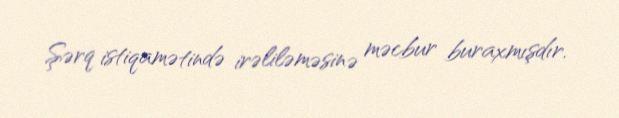
Şərq istiqamətində irəliləməsinə məcbur buraxmışdır.